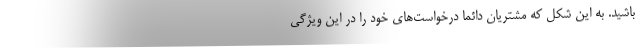
باشید. به این شکل که مشتریان دائما درخواست‌های خود را در این ویژگی